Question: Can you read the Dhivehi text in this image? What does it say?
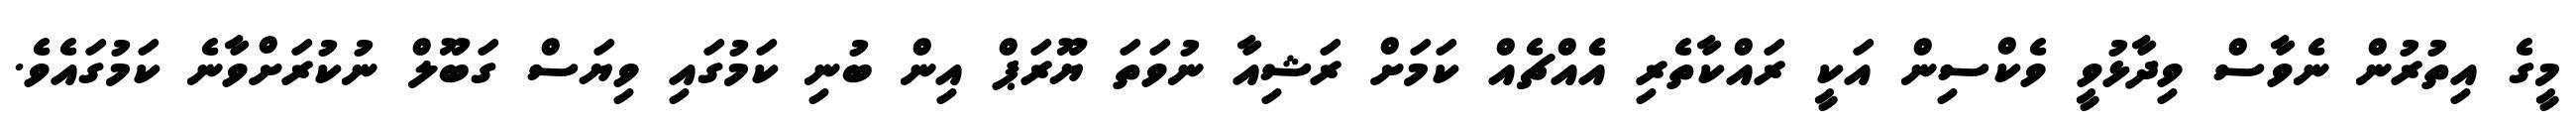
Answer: މީގެ އިތުރުން ނެވާސް ވިދާޅުވީ ވެކްސިން އަކީ ރައްކާތެރި އެެއްޗެއް ކަމަށް ރަޝިއާ ނުވަތަ ޔޫރަޕް އިން ބުނި ކަމުގައި ވިޔަސް ގަބޫލް ނުކުރަށްވާނެ ކަމުގައެވެ.